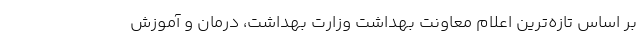
بر اساس تازه‌ترین اعلام معاونت بهداشت وزارت بهداشت، درمان و آموزش